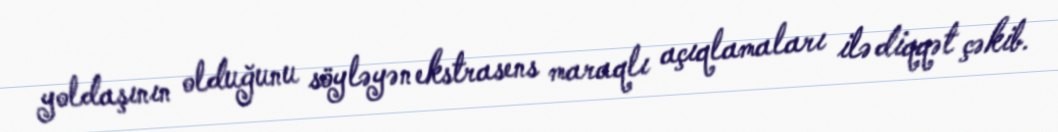
yoldaşının olduğunu söyləyən ekstrasens maraqlı açıqlamaları ilə diqqət çəkib.